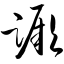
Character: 蹶